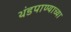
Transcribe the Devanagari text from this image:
थंडपाण्याच्या